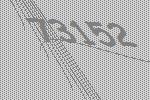
73152